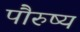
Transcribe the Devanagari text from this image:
पौरुष्य